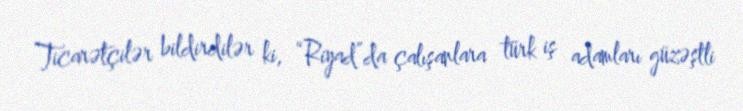
Ticarətçilər bildirdilər ki, “Riyad”da çalışanlara türk iş adamları güzəştli